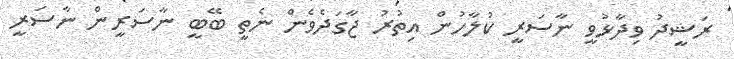
ރަޝީދު ވިދާޅުވީ ނާސަރީ ކުލާހުން އިތުރު ޖާގަދެވެން ނެތީ ބޭބީ ނާސަރީން ނާސަރީ